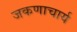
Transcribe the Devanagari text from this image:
जकणाचार्य